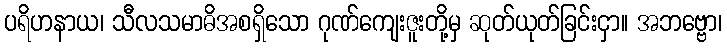
ပရိဟနာယ၊ သီလသမာဓိအစရှိသော ဂုဏ်ကျေးဇူးတို့မှ ဆုတ်ယုတ်ခြင်းငှာ။ အဘဗ္ဗော၊